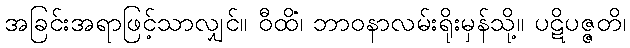
အခြင်းအရာဖြင့်သာလျှင်။ ဝီထိံ၊ ဘာဝနာလမ်းရိုးမှန်သို့။ ပဋိပဇ္ဇတိ၊